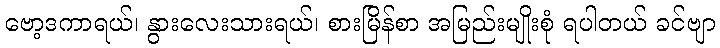
ဗော့ဒကာရယ်၊ နွားလေးသားရယ်၊ စားမြိန်စာ အမြည်းမျိုးစုံ ရပါတယ် ခင်ဗျာ